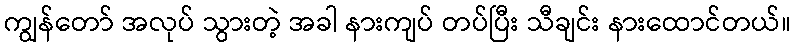
ကျွန်တော် အလုပ် သွားတဲ့ အခါ နားကျပ် တပ်ပြီး သီချင်း နားထောင်တယ်။